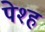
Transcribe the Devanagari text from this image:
पेश्ह